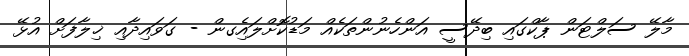
މާލޭ ސަލްޓަން ޕާކްގައި ބިދޭސީ އަންހެނުންތަކެއް މަޑުކޮށްލައިެގން - ގަވައިދާއި ޚިލާފަށް އުޅޭ